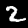
Digit: 2